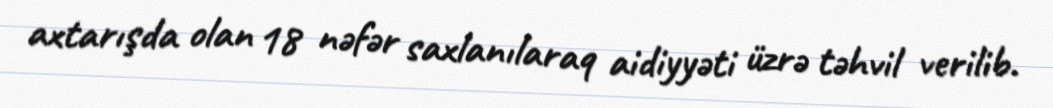
axtarışda olan 18 nəfər saxlanılaraq aidiyyəti üzrə təhvil verilib.